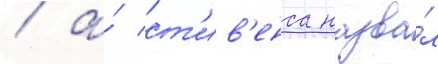
/ а́ ст'ив'енса назва́л